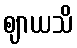
ဈာယသိ